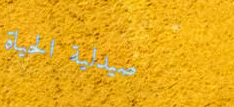
صيدلية الحياة